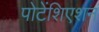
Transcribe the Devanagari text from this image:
पोटेंशिएशन